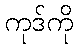
ကုဒ်ကို